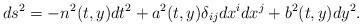
LaTeX: \begin{align*}ds^2 = -n^2(t, y) dt^2 + a^2(t, y) \delta_{ij} dx^i dx^j + b^2(t, y) dy^2.\end{align*}